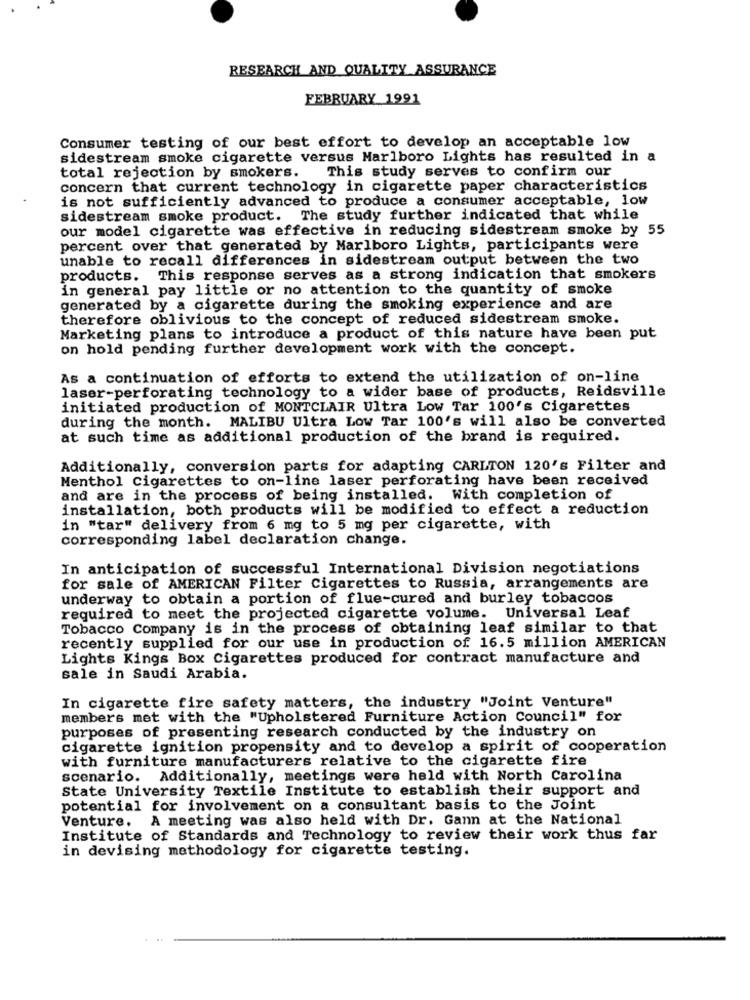
RESEARCH AND QUALITY ASSURANCE
FEBRUARY 1991
Consumer testing of our best effort to develop an acceptable low
sidestream smoke cigarette versus Marlboro Lights has resulted in a
total rejection by smokers.
This study serves to confirm our
concern that current technology in cigarette paper characteristics
is not sufficiently advanced to produce a consumer acceptable, low
sidestream smoke product. The study further indicated that while
our model cigarette was effective in reducing sidestream smoke by 55
percent over that generated by Marlboro Lights, participants were
unable to recall differences in sidestream output between the two
products. This response serves as a strong indication that smokers
in general pay little or no attention to the quantity of smoke
generated by a cigarette during the smoking experience and are
therefore oblivious to the concept of reduced sidestream smoke.
Marketing plans to introduce a product of this nature have been put
on hold pending further development work with the concept.
As a continuation of efforts to extend the utilization of on-line
laser-perforating technology to a wider base of products, Reidsville
initiated production of MONTCLAIR Ultra Low Tar 100's Cigarettes
during the month. MALIBU Ultra Low Tar 100's will also be converted
at such time as additional production of the brand is required.
Additionally, conversion parts for adapting CARLTON 120's Filter and
Menthol Cigarettes to on-line laser perforating have been received
and are in the process of being installed. With completion of
installation, both products will be modified to effect a reduction
in "tar" delivery from 6 mg to 5 mg per cigarette, with
corresponding label declaration change.
In anticipation of successful International Division negotiations
for sale of AMERICAN Filter Cigarettes to Russia, arrangements are
underway to obtain a portion of flue-cured and burley tobaccos
required to meet the projected cigarette volume. Universal Leaf
Tobacco Company is in the process of obtaining leaf similar to that
recently supplied for our use in production of 16.5 million AMERICAN
Lights Kings Box Cigarettes produced for contract manufacture and
sale in Saudi Arabia.
In cigarette fire safety matters, the industry "Joint Venture"
members met with the "Upholstered Furniture Action Council" for
purposes of presenting research conducted by the industry on
cigarette ignition propensity and to develop a spirit of cooperation
with furniture manufacturers relative to the cigarette fire
scenario. Additionally, meetings were held with North Carolina
State University Textile Institute to establish their support and
potential for involvement on a consultant basis to the Joint
Venture. A meeting was also held with Dr. Gann at the National
Institute of Standards and Technology to review their work thus far
in devising methodology for cigarette testing.